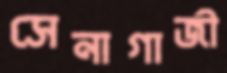
সেনাগাজী